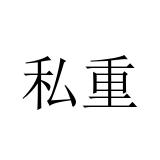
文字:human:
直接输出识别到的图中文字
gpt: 私重